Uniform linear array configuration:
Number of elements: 8
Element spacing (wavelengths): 1
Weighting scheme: blackman
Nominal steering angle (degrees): -45
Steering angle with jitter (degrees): -43.575
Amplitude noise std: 0.05
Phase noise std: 0.05

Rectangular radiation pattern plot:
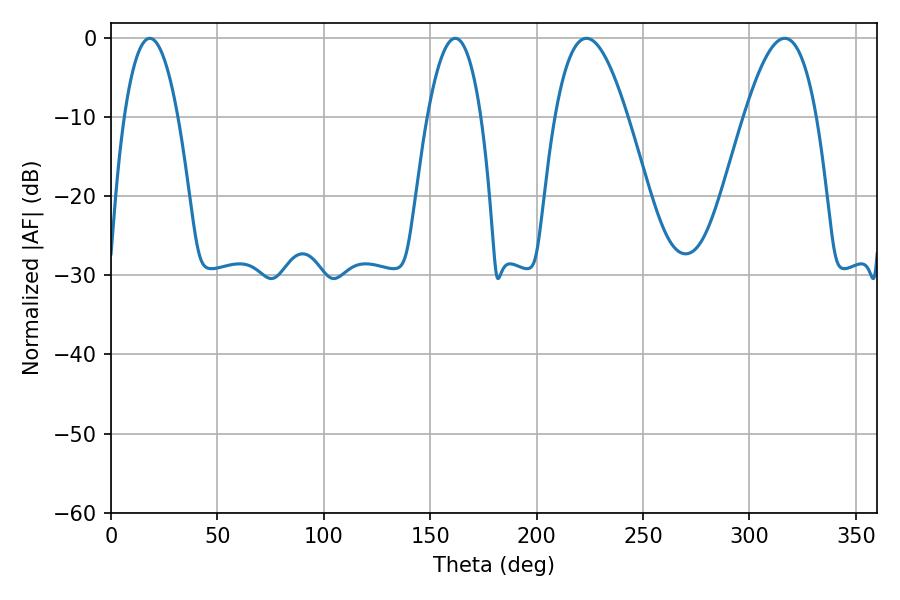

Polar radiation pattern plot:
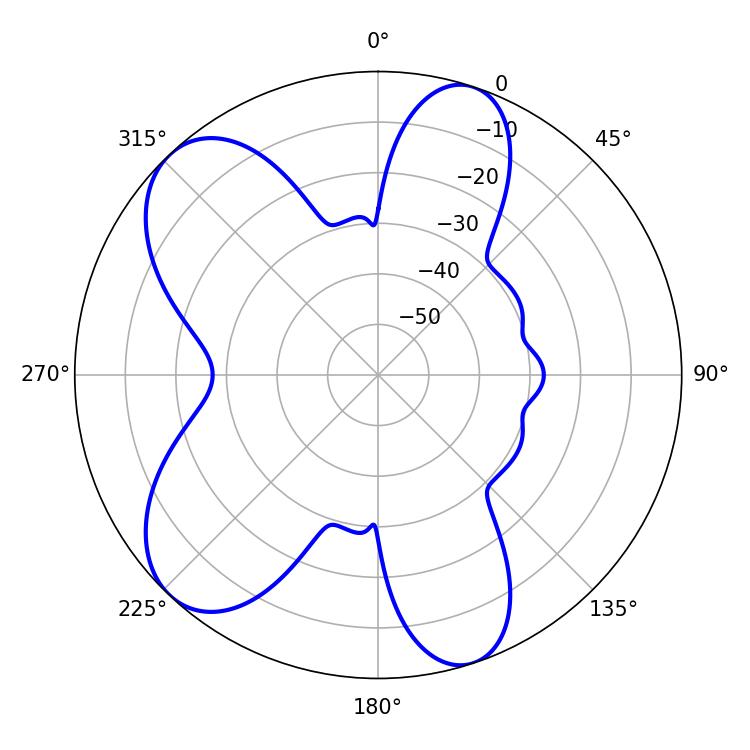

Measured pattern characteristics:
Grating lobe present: TRUE
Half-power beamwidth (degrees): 18.36
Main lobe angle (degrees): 223.38